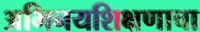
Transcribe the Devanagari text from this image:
अभिनयशिक्षणाचा